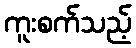
ကူးစက်သည့်